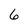
Character: 6